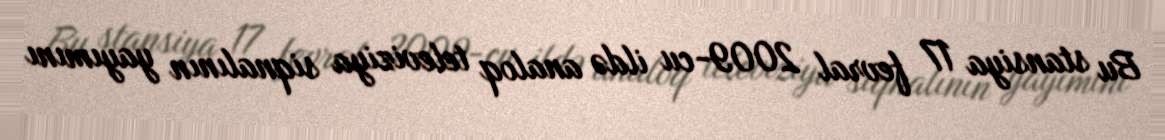
Bu stansiya 17 fevral 2009-cu ildə analoq televiziya siqnalının yayımını